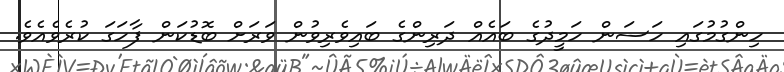
ހިންގުމުގައި ހަސަން ހަމީދުގެ ބައެއް ދަރިންގެ ބައިވެރިވުން ވަރަށް ބޮޑުކަން ފާހަގަ ކުރެވެއެވެ.